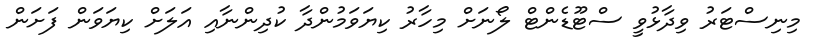
މިނިސްޓަރު ވިދާޅުވީ ސްޓޫޑެންޓް ލޯނަށް މިހާރު ކިޔަވަމުންދާ ކުދިންނާއި އަލަށް ކިޔަވަން ފަށަން